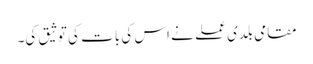
مقامی بلدی عملے نے اس کی بات کی توثیق کی۔